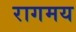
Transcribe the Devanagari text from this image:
रागमय